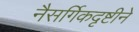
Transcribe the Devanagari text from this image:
नैसर्गिकदृष्टीने